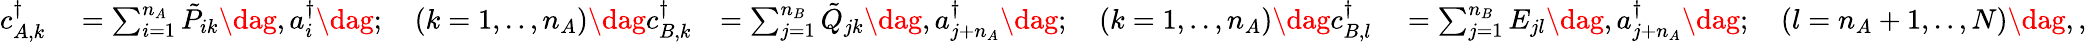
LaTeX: \begin{array}{rlrl}{c_{A,k}^{\dagger}}&{{}=\sum_{i=1}^{n_{A}}\tilde{P}_{ik}\dag,a_{i}^{\dagger}\dag;\quad(k=1,..,n_{A})\dag c_{B,k}^{\dagger}}&{=\sum_{j=1}^{n_{B}}\tilde{Q}_{jk}\dag,a_{j+n_{A}}^{\dagger}\dag;\quad(k=1,..,n_{A})\dag c_{B,l}^{\dagger}}&{{}=\sum_{j=1}^{n_{B}}E_{jl}\dag,a_{j+n_{A}}^{\dagger}\dag;\quad(l=n_{A}+1,..,N)\dag,,}\end{array}